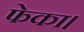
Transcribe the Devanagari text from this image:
फेका।